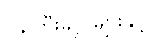
ဝန်ကြီးချုပ်များနှင့်